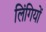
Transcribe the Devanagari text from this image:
लिंगियों